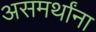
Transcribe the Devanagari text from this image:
असमर्थांना